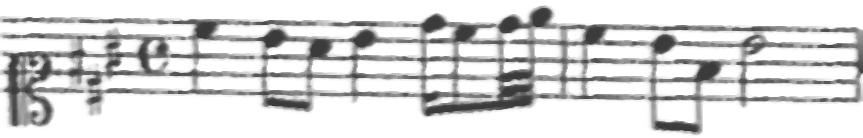
Transcription: clef-C1 keySignature-AM timeSignature-C note-C#5_quarter note-B4_eighth note-A4_eighth note-B4_quarter note-D5_sixteenth note-C#5_eighth note-D5_thirty_second note-E5_thirty_second barline note-C#5_quarter note-B4_eighth note-F#4_eighth note-B4_half barline